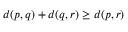
d ( p , q ) + d ( q , r ) \geq d ( p , r )